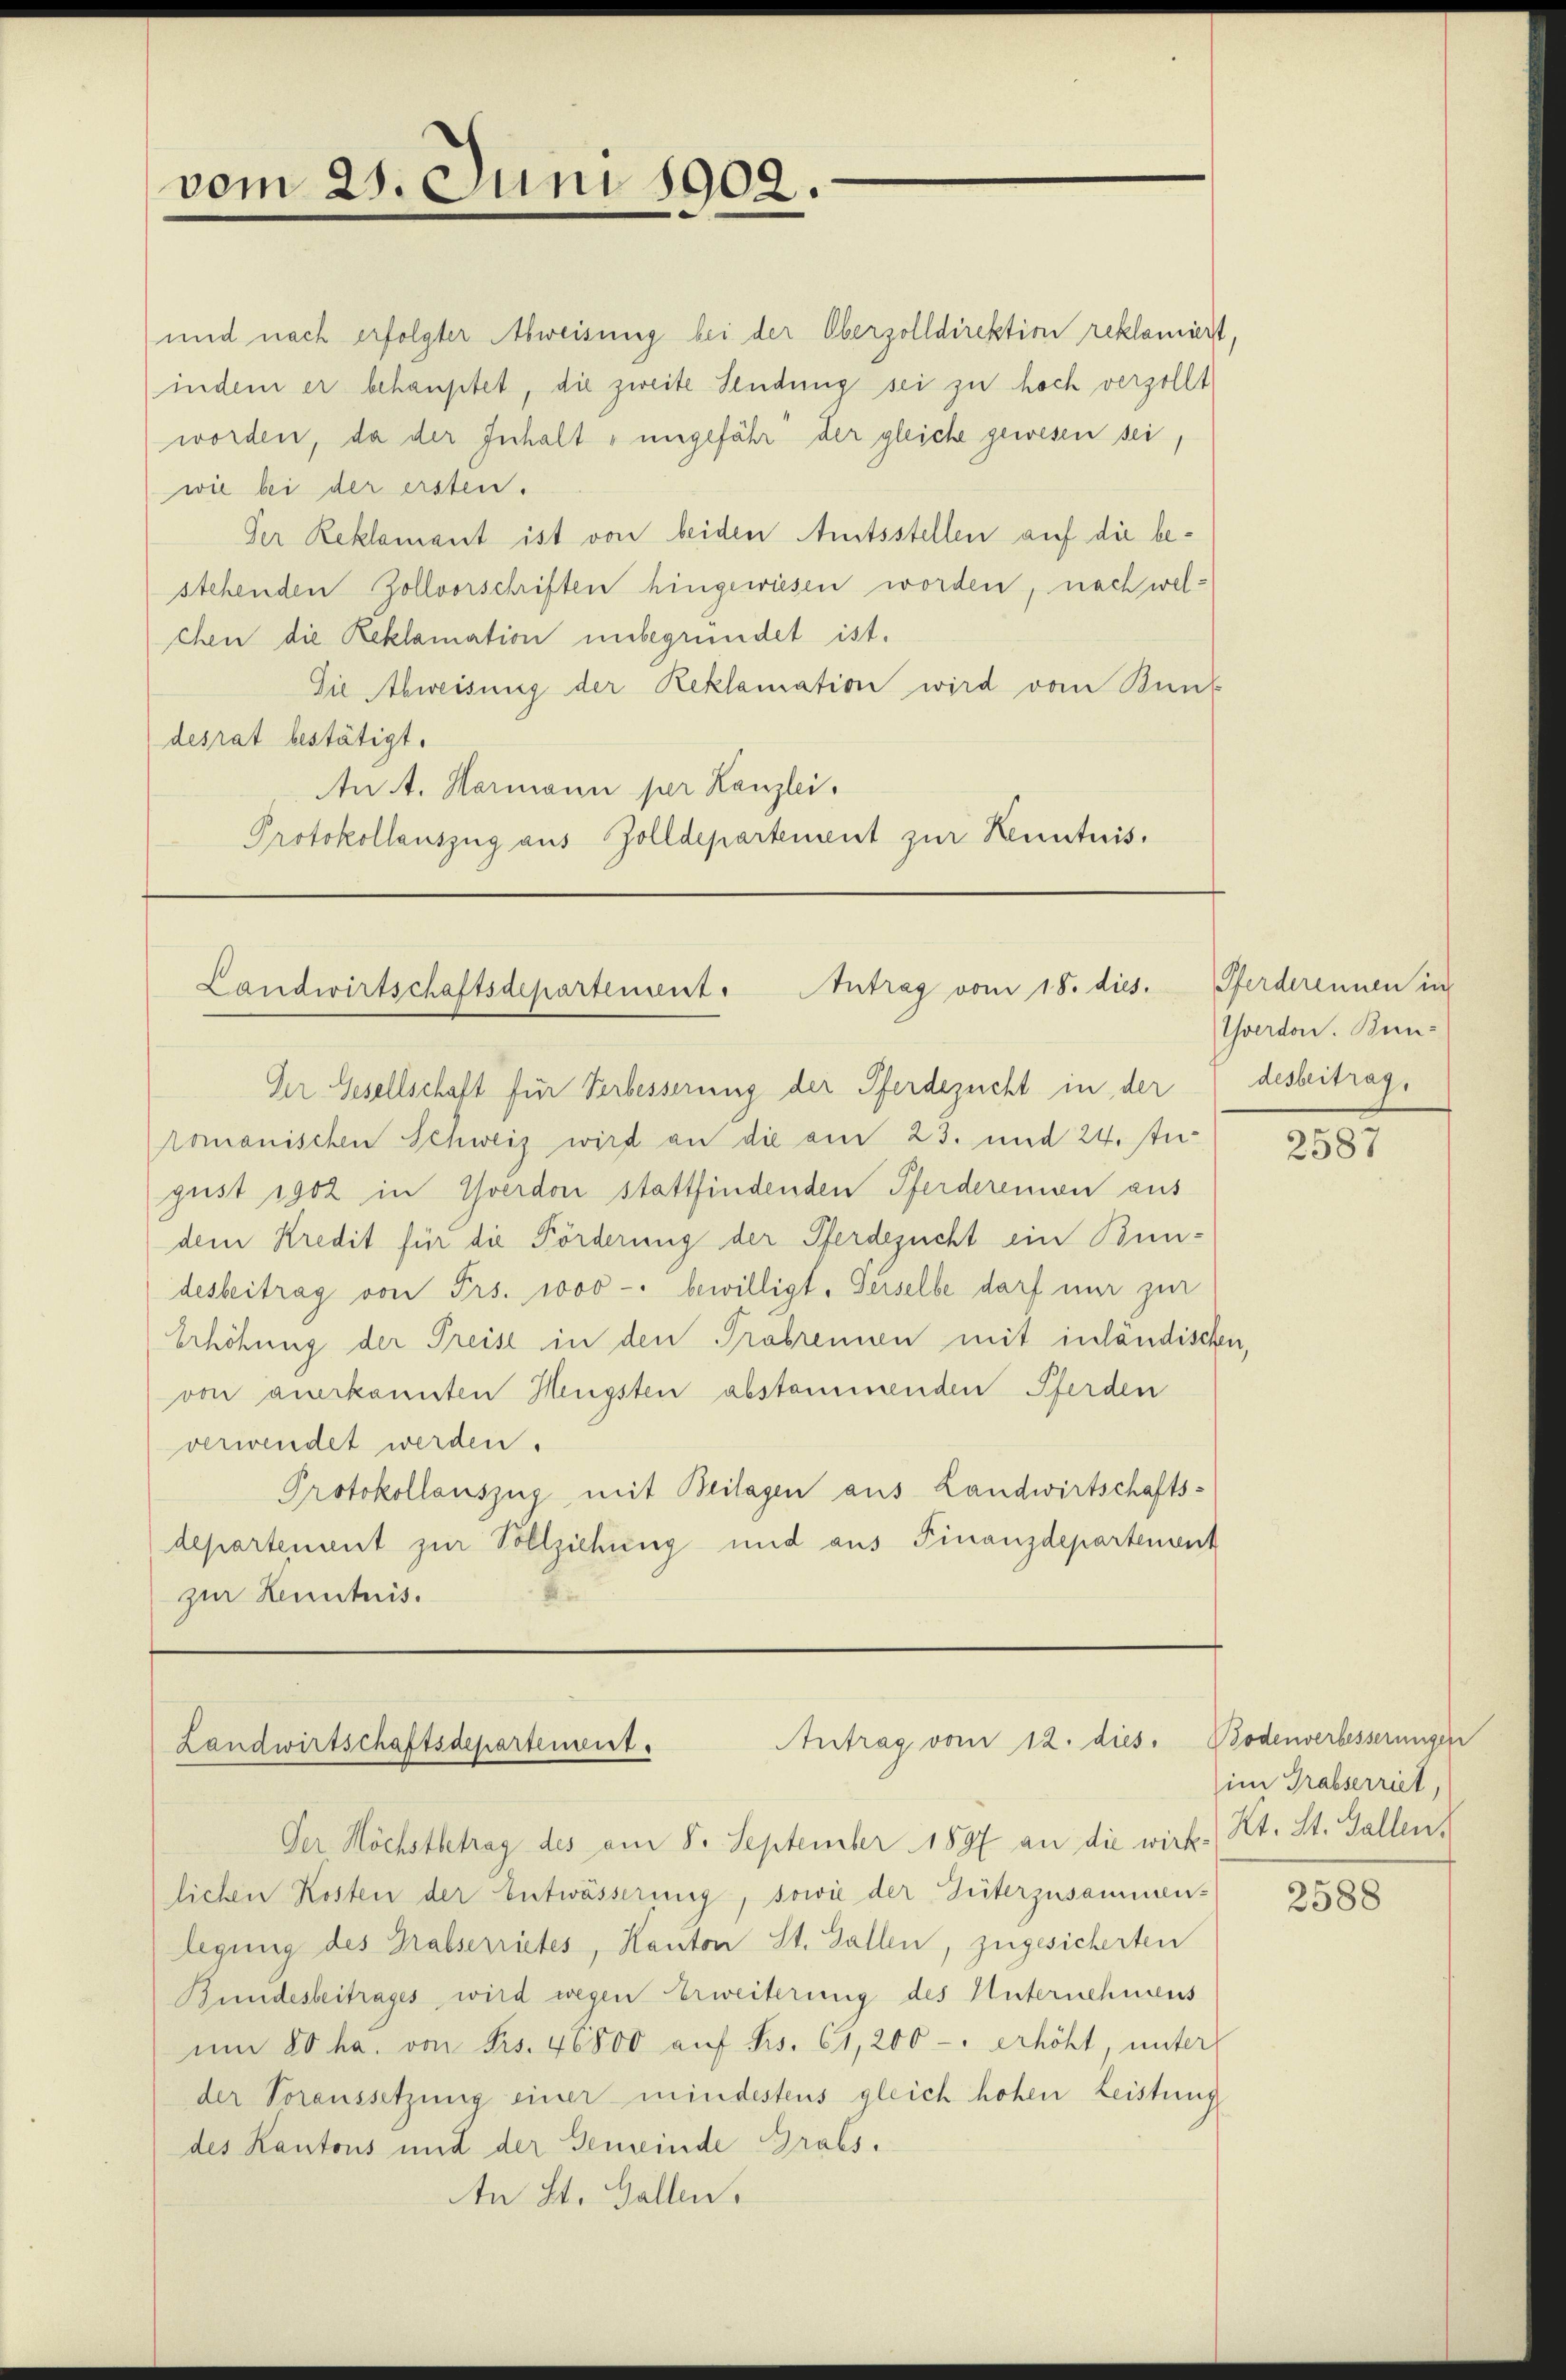
vom 25. Juni 1908.

und nach erfolgter Abweisung bei der Oberzolldirektion reklamiert,
indem er behauptet, die zweite Sendung sei zu hoch verzollt
worden, da der Inhalt ungefähr der gleiche gewesen sei,
wie bei der ersten.
Der Reklamant ist von beiden Amtsstellen auf die bestehenden Zollvorschriften hingewiesen worden, nach welchen die Reklamation unbegründet ist.
Die Abweisung der Reklamation wird vom Bunk
desrat bestätigt.
An A. Hermann per Kanzlei.
Protokollauszug aus Zolldepartement zur Kenntnis.

Landwirtschaftsdepartement. Antrag vom 18. dies. Pferderennen in

Der Gesellschaft für Verbesserung der Pferdezucht in der
romanischen Schweiz wird an die am 23. und 24. Jugust 1902 in Yverdon stattfindenden Pferderenen aus
dem Kredit für die Förderung der Pferdezucht ein Bun-
desbeitrag von Frs. 1000 - bewilligt. Gerselbe darf nur zur
Erhöhung der Preise in den Probrennen mit inländischen,
von anerkannten Hengsten abstammenden Pferden
verwendet werden.
Protokollauszug mit Beilagen aus Landwirtschaftsdepartement zur Vollziehung und aus Finanzdepartement
i
zur Kenntnis.

Antrag vom 12. dies.
Landwirtschaftsdepartement.

Der Höchstbetrag des am 8. September 1897 an die wirk- Kt. St. Gallen,
lichen Kosten der Entwässerung, sowie der Güterzusammen-
legung des Grabserrietes, Kanton St. Gallen, zugesicherten
Bundesbeitrages wird wegen Erweiterung des Unternehmens
um 80 ha. von Frs. 46800 aŭf Frs. 61, 200 - erhöht, unter
der Voraussetzung einer mindestens gleich hohen Leistung
des Kantons und der Gemeinde Grabs¬
An St. Gallen.

Yverdon. Bundesbeitrag,

2587

Bodenverbesserungen
im Grabserriet,

2588